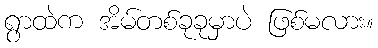
ရွာထဲက အိမ်တစ်ခုခုမှာပဲ ဖြစ်မလား။